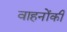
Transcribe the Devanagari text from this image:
वाहनोंकी